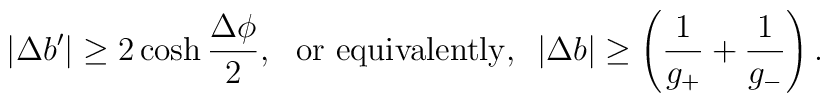
|\Delta b'|\ge 2\cosh{\frac{\Delta\phi}{2}},~~{\rm or~equivalently,}~~|\Delta b|\ge\left(\frac{1}{g_+}+\frac{1}{g_-}\right).